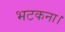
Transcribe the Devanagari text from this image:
भटकना।